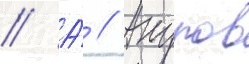
// А́ // Акулов